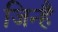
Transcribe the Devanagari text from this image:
जिन्है